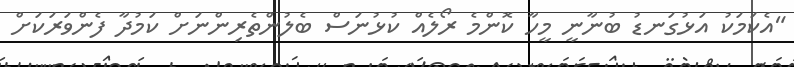
"އެކަމަކު އަޅުގަނޑު ބުނާނީ މީހާ ކޮންމެ ރޯލެއް ކުޅުނަސް ބެލުންތެރިންނަށް ކަމުދާ ފެންވަރަކަށް